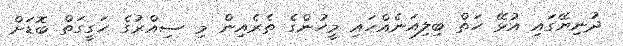
ދުނިޔޭގައި އުޅޭ ހަތް ބިލިއަނެއްހައި މީހުންގެ ތެރެއިން މި ސިއްރުގެ ހަގީގަތް ބޮޑަށް